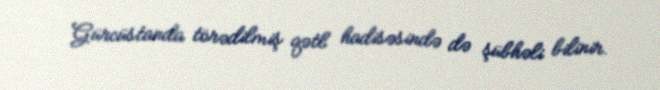
Gürcüstanda törədilmiş qətl hadisəsində də şübhəli bilinir.